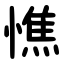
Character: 憔